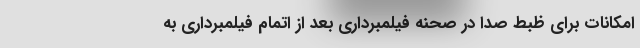
امکانات برای ظبط صدا در صحنه فیلمبرداری بعد از اتمام فیلمبرداری به